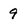
Character: 9